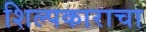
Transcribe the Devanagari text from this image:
शिल्पकाराचा